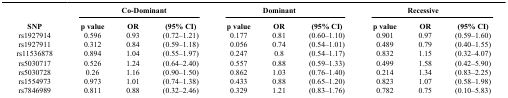
|  | <COLSPAN=3> Co-Dominant | <COLSPAN=3> Dominant | <COLSPAN=3> Recessive |
 | SNP | p value | OR | (95% CI) | p value | OR | (95% CI) | p value | OR | (95% CI) |
 | --- | --- | --- | --- | --- | --- | --- | --- | --- | --- |
 | rs1927914 | 0.596 | 0.93 | (0.72–1.21) | 0.177 | 0.81 | (0.60–1.10) | 0.901 | 0.97 | (0.59–1.60) |
 | rs1927911 | 0.312 | 0.84 | (0.59–1.18) | 0.056 | 0.74 | (0.54–1.01) | 0.489 | 0.79 | (0.40–1.55) |
 | rs11536878 | 0.894 | 1.04 | (0.55–1.97) | 0.247 | 0.8 | (0.54–1.17) | 0.832 | 1.15 | (0.32–4.07) |
 | rs5030717 | 0.526 | 1.24 | (0.64–2.40) | 0.557 | 0.88 | (0.59–1.33) | 0.499 | 1.58 | (0.42–5.90) |
 | rs5030728 | 0.26 | 1.16 | (0.90–1.50) | 0.862 | 1.03 | (0.76–1.40) | 0.214 | 1.34 | (0.83–2.25) |
 | rs1554973 | 0.973 | 1.01 | (0.74–1.38) | 0.433 | 0.88 | (0.65–1.20) | 0.823 | 1.07 | (0.58–1.98) |
 | rs7846989 | 0.811 | 0.88 | (0.32–2.46) | 0.329 | 1.21 | (0.83–1.76) | 0.782 | 0.75 | (0.10–5.83) |